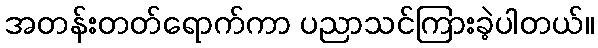
အတန်းတတ်ရောက်ကာ ပညာသင်ကြားခဲ့ပါတယ်။